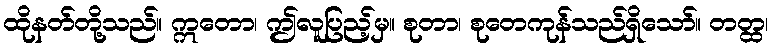
ထိုနတ်တို့သည်။ ဣတော၊ ဤလူပြည့်မှ။ စုတာ၊ စုတေကုန်သည်ရှိသော်။ တတ္ထ၊